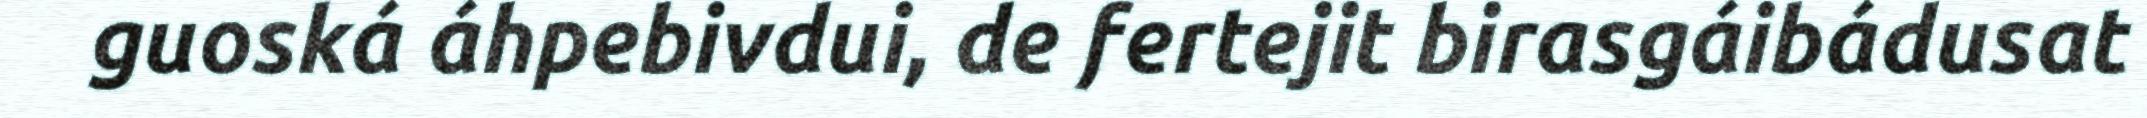
guoská áhpebivdui, de fertejit birasgáibádusat